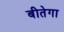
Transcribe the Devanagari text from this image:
बीतेगा